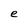
Character: e